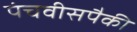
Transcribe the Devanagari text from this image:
पंचवीसपैकी